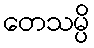
တေသမ္ပိ